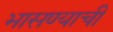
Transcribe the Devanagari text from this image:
भासण्याची